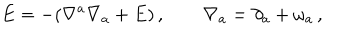
E = - ( \nabla ^ { a } \nabla _ { a } + E ) \, , \qquad \nabla _ { a } = \partial _ { a } + \omega _ { a } \, ,